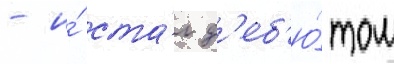
- и́ ста́л д'еб'ю́том